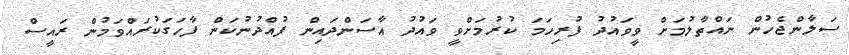
ސަލާންޖެހުން ނައްތާލުމަށް ވީވައުދު ފުރިހަމަ ކުރުމަށްވީ ވައުދު އާސަންދައިން ފުއްދުނުކަން ފާހަގަކުރައްވަމުން ރައީސް